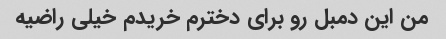
من این دمبل رو برای دخترم خریدم خیلی راضیه